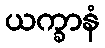
ယက္ခာနံ